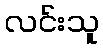
လင်းသူ